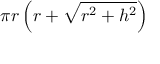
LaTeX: \pi r \left( r + { \sqrt { r ^ { 2 } + h ^ { 2 } } } \right)